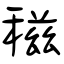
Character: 稵